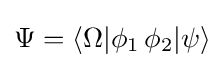
\Psi =\langle \Omega |\phi _{1}\,\phi _{2}|\psi \rangle